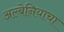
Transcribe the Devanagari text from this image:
अल्बेनियाचा